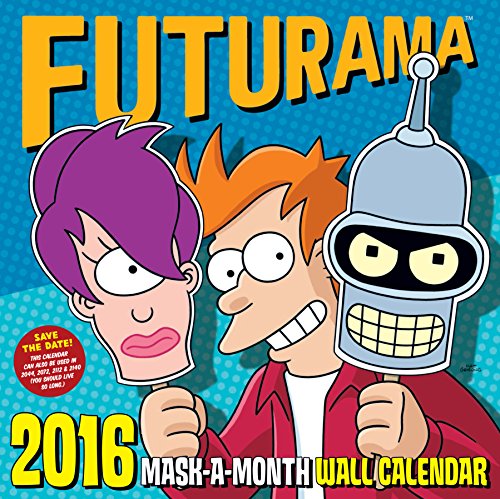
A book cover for FUTURAMA 2016 Mask-A-Month Calendar; Matt Groening; Calendars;